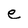
Character: e